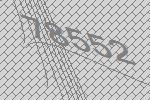
78552